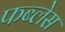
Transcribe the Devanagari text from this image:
फब्लेस